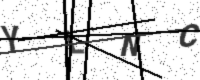
Text: YLNC